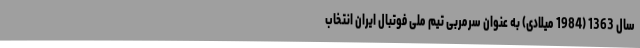
سال 1363 (1984 میلادی) به عنوان سرمربی تیم ملی فوتبال ایران انتخاب